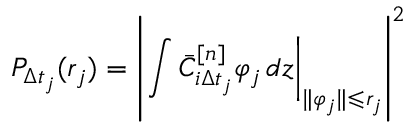
P _ { \Delta t _ { j } } ( r _ { j } ) = \left| \left. \int \bar { C } _ { i \Delta t _ { j } } ^ { [ n ] } \varphi _ { j } \mathop { } \! { d { z } } \right| _ { \| \varphi _ { j } \| \leqslant r _ { j } } \right| ^ { 2 }